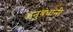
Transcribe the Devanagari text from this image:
अनुबंधांनी